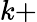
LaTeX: k+